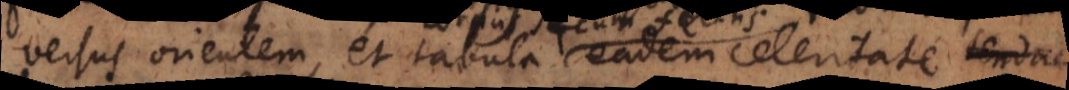
versus orientem, et tabula eadem celeritate, tenda